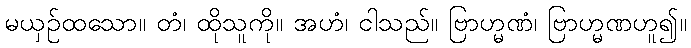
မယှဉ်ထသော။ တံ၊ ထိုသူကို။ အဟံ၊ ငါသည်။ ဗြာဟ္မဏံ၊ ဗြာဟ္မဏဟူ၍။